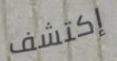
إكتشف